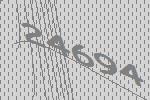
24694